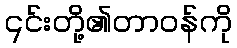
၎င်းတို့၏တာဝန်ကို